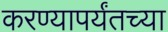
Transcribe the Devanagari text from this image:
करण्यापर्यंतच्या